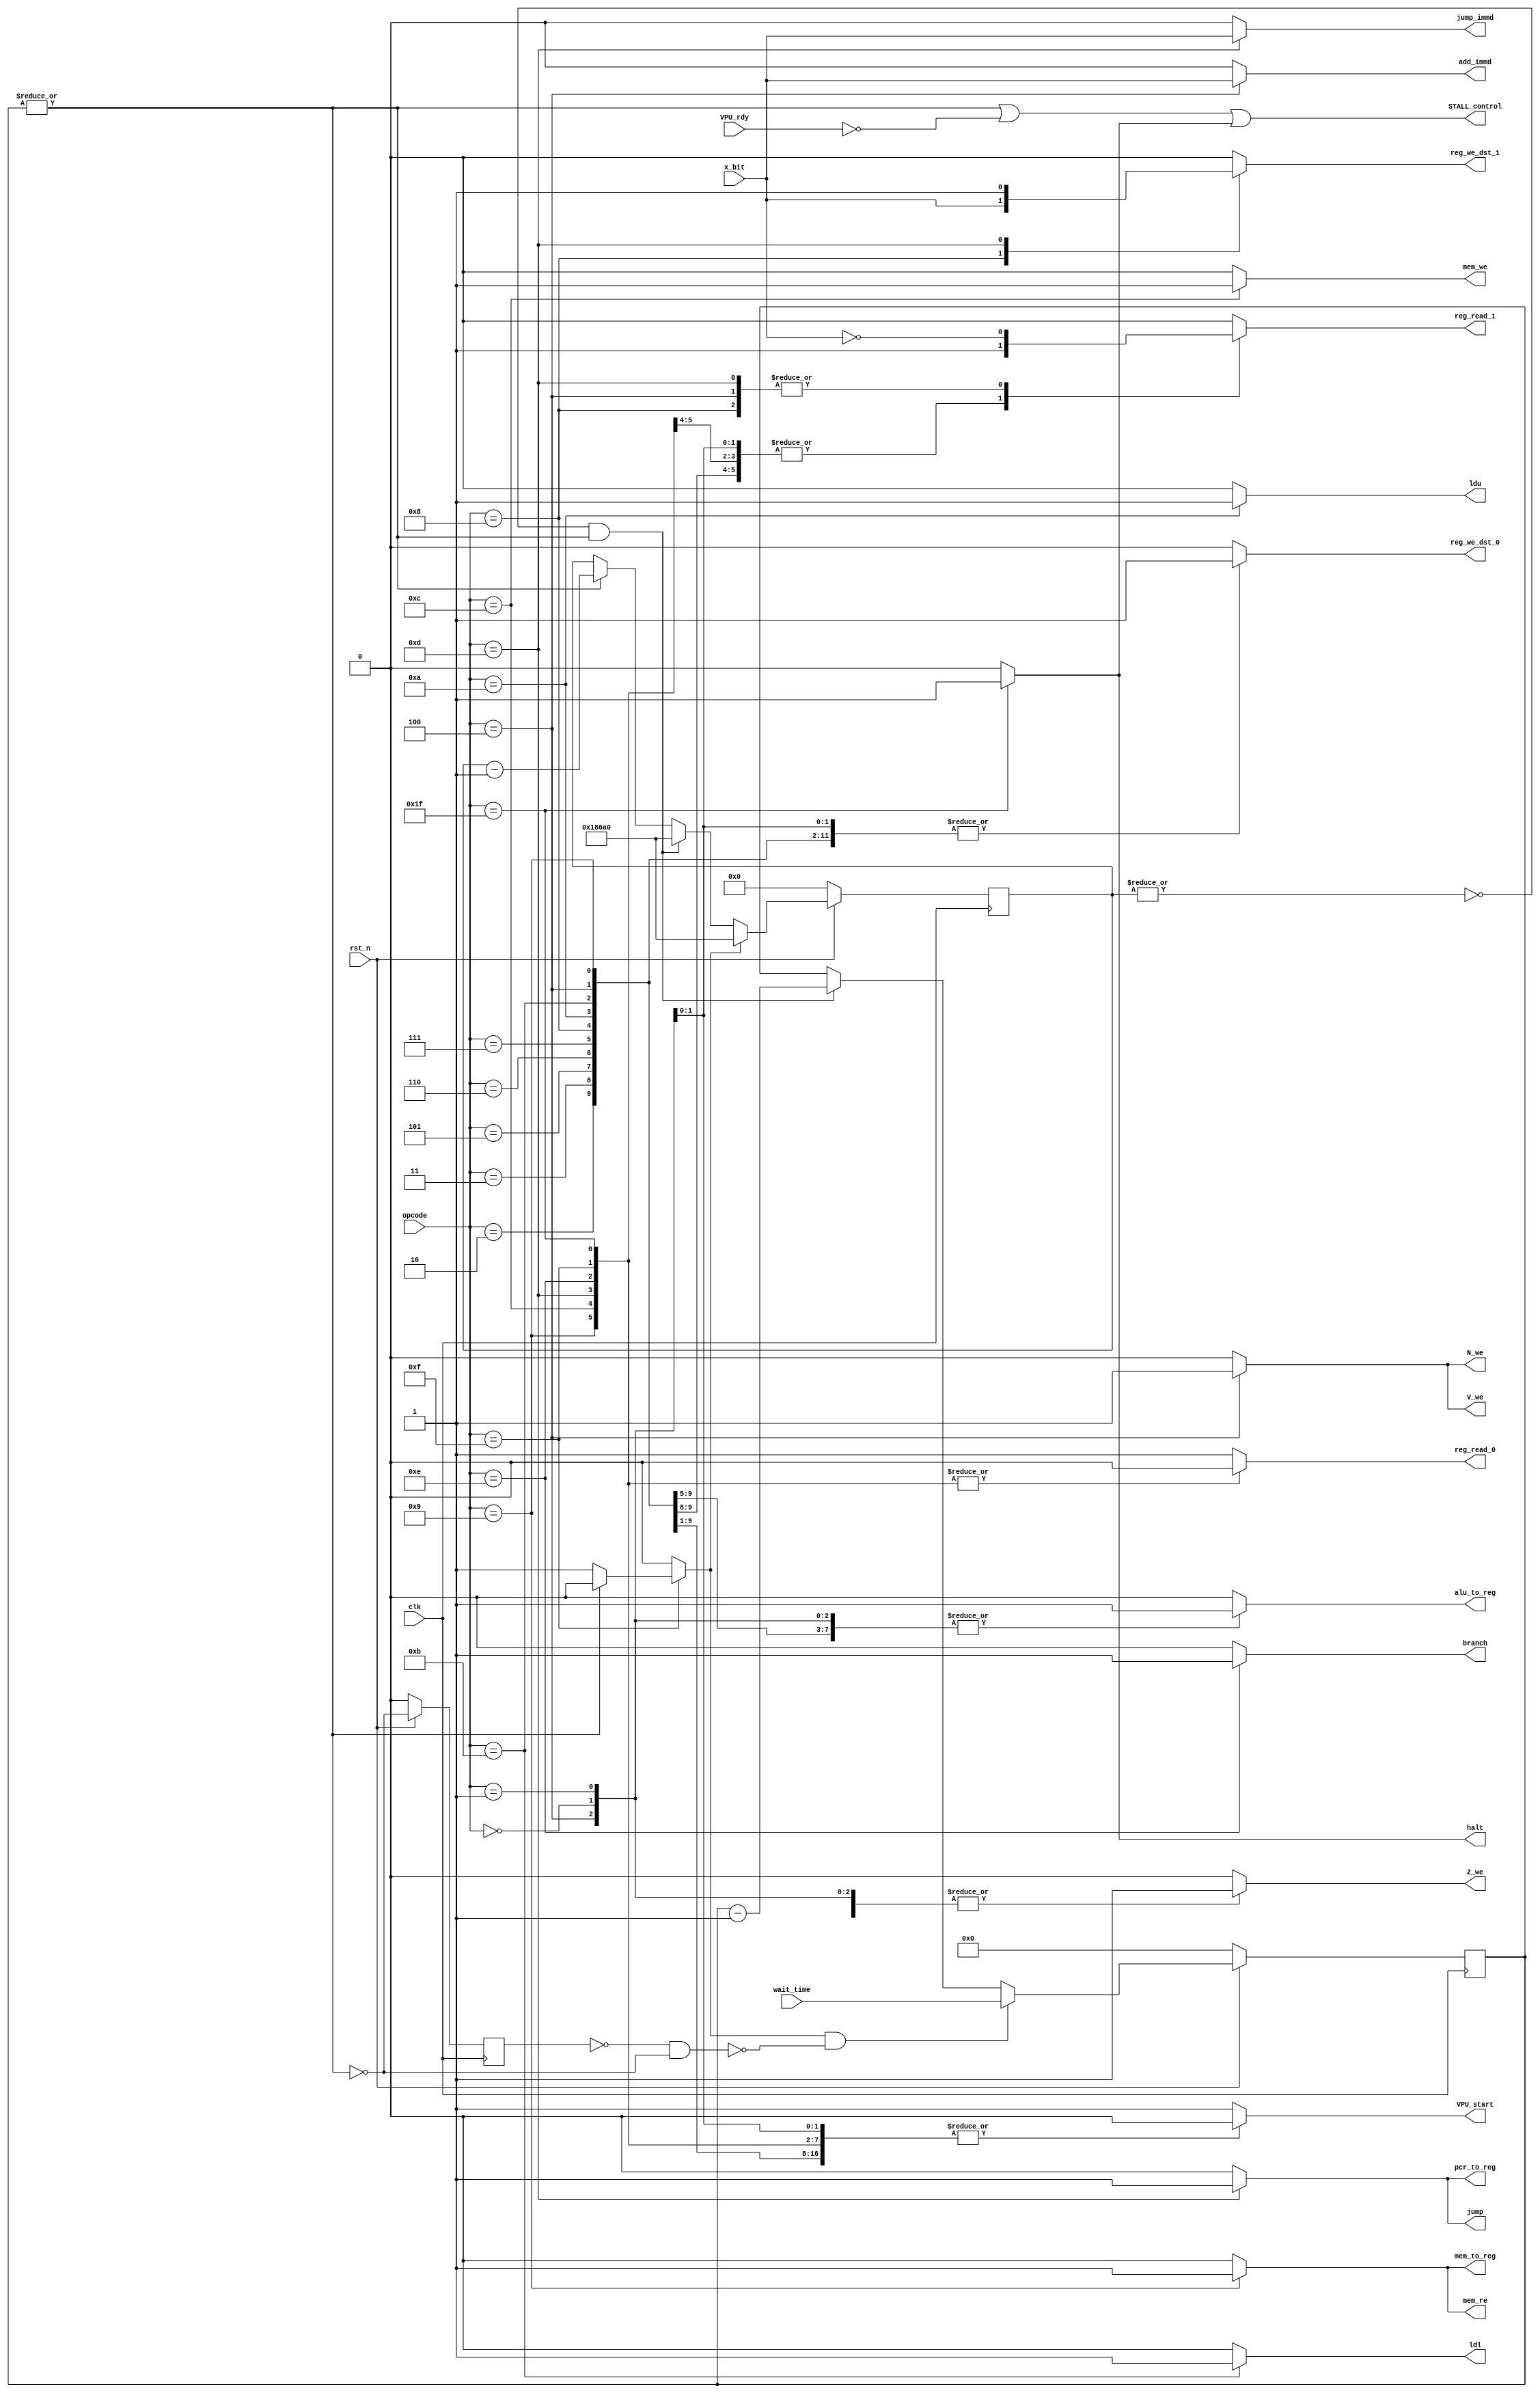
////////////////////////////////////////////////////////////////////////////////
// control_unit.v
// Dan Wortmann
//
// Description:
// Brain of the CPU which decodes the opcode from instructions and asserts
// control signals that enable stages of the pipeline to process data.
////////////////////////////////////////////////////////////////////////////////
module control_unit(
    // Inputs //
    clk, rst_n,
    opcode,
    x_bit,
    wait_time,
    VPU_rdy,
    // Output //
    STALL_control,
    VPU_start,
    alu_to_reg,
    pcr_to_reg,
    mem_to_reg,
    reg_we_dst_0,
    reg_we_dst_1,
    reg_read_0,
    reg_read_1,
    mem_we,
    mem_re,
    add_immd,
    jump_immd,
    ldu, ldl,
    branch,
    jump,
    Z_we, N_we, V_we,
    halt
);
////////////
// Inputs /
//////////
// From CPU //
input           clk, rst_n;
input           x_bit;      // Extra Opcode Bit
input   [4:0]   opcode;
input   [10:0]  wait_time;

// From VPU //
input           VPU_rdy;

// From SPART? //

/////////////
// Outputs /
///////////
output  wire    STALL_control;
output  reg     VPU_start;
output  reg     alu_to_reg;
output  reg     pcr_to_reg;
output  reg     mem_to_reg;
output  reg     reg_we_dst_0;
output  reg     reg_we_dst_1;
output  reg     reg_read_0;
output  reg     reg_read_1;
output  reg     mem_we;
output  reg     mem_re;
output  reg     add_immd;
output  reg     jump_immd;
output  reg     ldu;
output  reg     ldl;
output  reg     branch;
output  reg     jump;
output  reg     Z_we, N_we, V_we;
output  reg     halt;

/////////////////////////////
// Signals/Logic/Registers /
///////////////////////////
reg             set_timer;
reg     [10:0]  timer;
reg				timer_done_1;
reg		[16:0]  TIMER_1MS;

///////////////////
// Interconnects /
/////////////////
wire            timer_done;
wire			timer_done_negedge;
wire            TIMER_1MS_DONE;

/////////////
// OPCODES /
///////////
localparam AND  = 5'b00000;
localparam OR   = 5'b00001;
localparam XOR  = 5'b00010;
localparam NOT  = 5'b00011;
localparam ADD  = 5'b00100;
localparam LSL  = 5'b00101;
localparam SR   = 5'b00110; // LSR/ASR
localparam ROT  = 5'b00111; // ROL/ROR
localparam MOV  = 5'b01000; // MOV/SWAP
localparam LDR  = 5'b01001;
localparam LDU  = 5'b01010;
localparam LDL  = 5'b01011;
localparam ST   = 5'b01100;
localparam J    = 5'b01101; // J/JI
localparam B    = 5'b01110; // All B instr.
localparam NOP  = 5'b01111; // NOP/WAIT
localparam HALT = 5'b11111;

///////////
// Timer /
/////////
localparam TIMER_1MS_100MHz = 17'h186A0;
//localparam TIMER_1MS_100MHz = 17'h00003; // Lower number for SIMULATION ONLY

////////////////////////////////////////////////////////////////////////////////
// control_unit
////

// Stalling Logic (Timer + VPU Ready + ... ) //
assign STALL_control = ~timer_done | ~VPU_rdy | halt;
assign timer_done = ~|timer;

always@(posedge clk)
    if(!rst_n)
		timer_done_1 <= 0;
	else 
		timer_done_1 <= timer_done;

assign timer_done_negedge = (~timer_done_1 & timer_done);

always@(posedge clk)begin
    if(!rst_n)
        timer <= 11'h000;
    else if(set_timer & ~timer_done_negedge)
        timer <= wait_time;
    else if(TIMER_1MS_DONE & ~timer_done)
        timer <= timer - 1;
    else
        timer <= timer;
end

// Keep a 1ms timer for WAIT instr //
always@(posedge clk)begin
	if(!rst_n)
		TIMER_1MS <= 17'h00000;
	else if(set_timer)
		TIMER_1MS <= TIMER_1MS_100MHz;
	else if(TIMER_1MS_DONE & ~timer_done)
		TIMER_1MS <= TIMER_1MS_100MHz;
	else if(~timer_done)
		TIMER_1MS <= TIMER_1MS - 1;
	else
		TIMER_1MS <= TIMER_1MS;
end

assign TIMER_1MS_DONE = ~|TIMER_1MS;

always@(*)begin
    // Defaults //
    VPU_start = 0;      // Signal VPU to begin instruction
    alu_to_reg = 0;     // Write ALU result to register
    pcr_to_reg = 0;     // Write PC+1 to return register (R16)
    mem_to_reg = 0;     // Write Memory data to register
    reg_we_dst_0 = 0;   // Write enable port 0 in register file
    reg_we_dst_1 = 0;   // Write enable port 1 in register file
    reg_read_0 = 0;     // Signal we are reading port 0 in register file
    reg_read_1 = 0;     // Signal we are reading port 1 in register file
    mem_we = 0;         // Write to data memory
    mem_re = 0;         // Read from data memory
    add_immd = 0;       // Add immediate to Rs
    jump_immd = 0;      // Jump using immediate (not Rt)
    ldu = 0;            // Load Upper byte in register (loads lower otherwise)
    ldl = 0;            // Load Lower byte in register (loads upper byte otherwise)
    branch = 0;         // Signal a branch
    jump = 0;           // Signal a jump
    Z_we = 0;           // Update flags from ALU operation
    N_we = 0;
    V_we = 0;
    set_timer = 0;      // Set timer for stalling/NOP 
    halt = 0;           // Signal CPU to halt execution

    // Control SM //
    case(opcode)
        AND:begin
            reg_read_0 = 1;
            reg_read_1 = 1;
            alu_to_reg = 1;
            reg_we_dst_0 = 1;
            Z_we = 1;
        end
        OR :begin
            reg_read_0 = 1;
            reg_read_1 = 1;
            alu_to_reg = 1;
            reg_we_dst_0 = 1;
            Z_we = 1;
        end
        XOR:begin
            reg_read_0 = 1;
            reg_read_1 = 1;
            alu_to_reg = 1;
            reg_we_dst_0 = 1;
            Z_we = 1;
        end
        NOT:begin
            reg_read_0 = 1;
            reg_read_1 = 1;
            alu_to_reg = 1;
            reg_we_dst_0 = 1;
            Z_we = 1;
        end
        ADD:begin
            reg_read_0 = 1;
            reg_read_1 = ~x_bit;
            alu_to_reg = 1;
            reg_we_dst_0 = 1;
            add_immd = x_bit;
            Z_we = 1;
            N_we = 1;
            V_we = 1;
        end
        LSL:begin
            reg_read_0 = 1;
            alu_to_reg = 1;
            reg_we_dst_0 = 1;
            Z_we = 1;
        end
        SR :begin
            reg_read_0 = 1;
            alu_to_reg = 1;
            reg_we_dst_0 = 1;
            Z_we = 1;
        end
        ROT:begin
            reg_read_0 = 1;
            alu_to_reg = 1;
            reg_we_dst_0 = 1;
        end
        MOV:begin
            reg_read_0 = 1;
            reg_read_1 = ~x_bit;
            reg_we_dst_0 = 1;
            reg_we_dst_1 = x_bit;
        end
        LDR:begin
            reg_read_1 = 1;
            mem_re = 1;
            mem_to_reg = 1;
            reg_we_dst_0 = 1;
        end
        LDU:begin
            reg_read_0 = 1;
            reg_we_dst_0 = 1;
            ldu = 1;
        end
        LDL:begin
            reg_read_0 = 1;
            reg_we_dst_0 = 1;
            ldl = 1;
        end
        ST :begin
            reg_read_1 = 1;
            mem_we = 1;
        end
        J  :begin
            jump = 1;
            reg_read_1 = ~x_bit;
            pcr_to_reg = 1;
            reg_we_dst_1 = 1;
            jump_immd = x_bit;
        end
        B  :begin
            branch = 1;
        end
        NOP:begin
            set_timer = (timer_done) ? 1 : 0;
        end
        HALT:begin
            halt = 1;
        end
        // All other commands default to VPU instructions //
        default:begin
            VPU_start = 1;
            reg_read_0 = 1;
        end
    endcase
end

endmodule